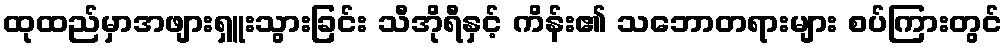
ထုထည်မှာအဖျားရှူးသွားခြင်း သီအိုရီနှင့် ကိန်း၏ သဘောတရားများ စပ်ကြားတွင်